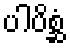
ပါပိစ္ဆံ